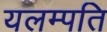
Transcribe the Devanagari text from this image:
यलम्पति